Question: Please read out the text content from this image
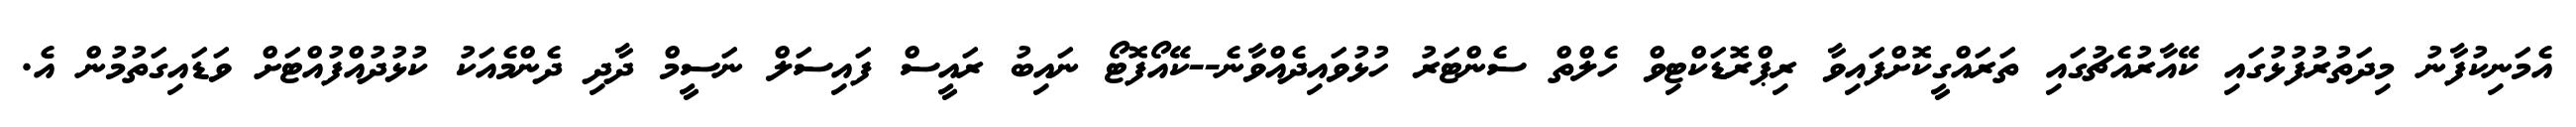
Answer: އެމަނިކުފާނު މިދަތުރުފުޅުގައި ކޭއާރުއެޗުގައި ތަރައްގީކޮށްފައިވާ ރިޕްރޮޑަކްޓިވް ހެލްތް ސެންޓަރު ހުޅުވައިދެއްވާނެ--ކޭއޯފޮޓޯ ނައިބު ރައީސް ފައިސަލް ނަސީމް ދާދި ދެންމެއަކު ކުޅުދުއްފުއްޓަށް ވަޑައިގަތުމުން އެ.